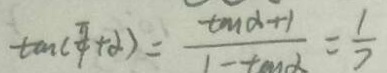
\tan ( \frac { \pi } { 4 } + \alpha ) = \frac { \tan \alpha + 1 } { 1 - \tan \alpha } = \frac { 1 } { 7 }